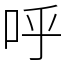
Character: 呼